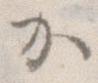
か